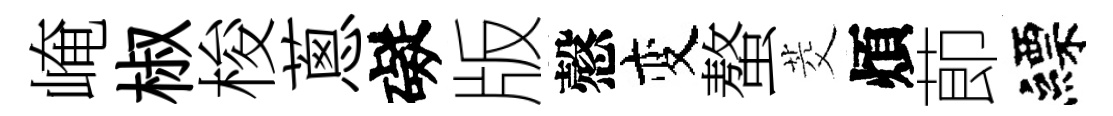
崦椒梭蔥礙版慤变螯茭煩莭縹